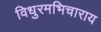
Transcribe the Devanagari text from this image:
विधुरमभिचाराय